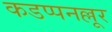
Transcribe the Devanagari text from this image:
कडप्पनल्लूर